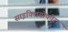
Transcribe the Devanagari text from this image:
साइक्लियोफोरा